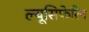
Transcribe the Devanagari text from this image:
ल्यूसिफेरिन